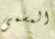
المسمى